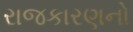
રાજકારણનો